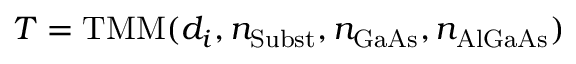
T = \mathrm { T M M } ( d _ { i } , n _ { \mathrm { S u b s t } } , n _ { \mathrm { G a A s } } , n _ { \mathrm { A l G a A s } } )